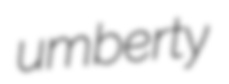
umberty